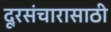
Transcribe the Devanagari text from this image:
दूरसंचारासाठी